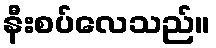
နီးစပ်လေသည်။